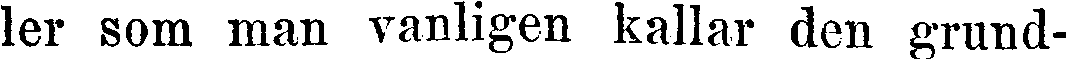
ler som man vanligen kallar den grund-